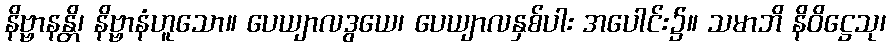
နိဗ္ဗာနန္တိ၊ နိဗ္ဗာနံဟူသော။ ပေယျာလဒွယေ၊ ပေယျာလနှစ်ပါး အပေါင်း၌။ သမာဘိ နိဝိဋ္ဌေသု၊